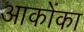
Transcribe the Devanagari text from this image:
आकोंका